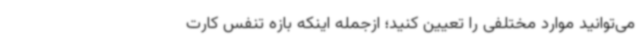
می‌توانید موارد مختلفی را تعیین کنید؛ ازجمله اینکه بازه تنفس کارت